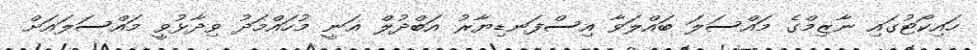
ހައިކޯޓުގައި ނާޒިމްގެ މައްސަލަ ބައްލަވާ އިސްފަނޑިޔާރު އަބްދުލް ޣަނީ މުހައްމަދު ވިދާޅުވީ މައްސަލައަށް